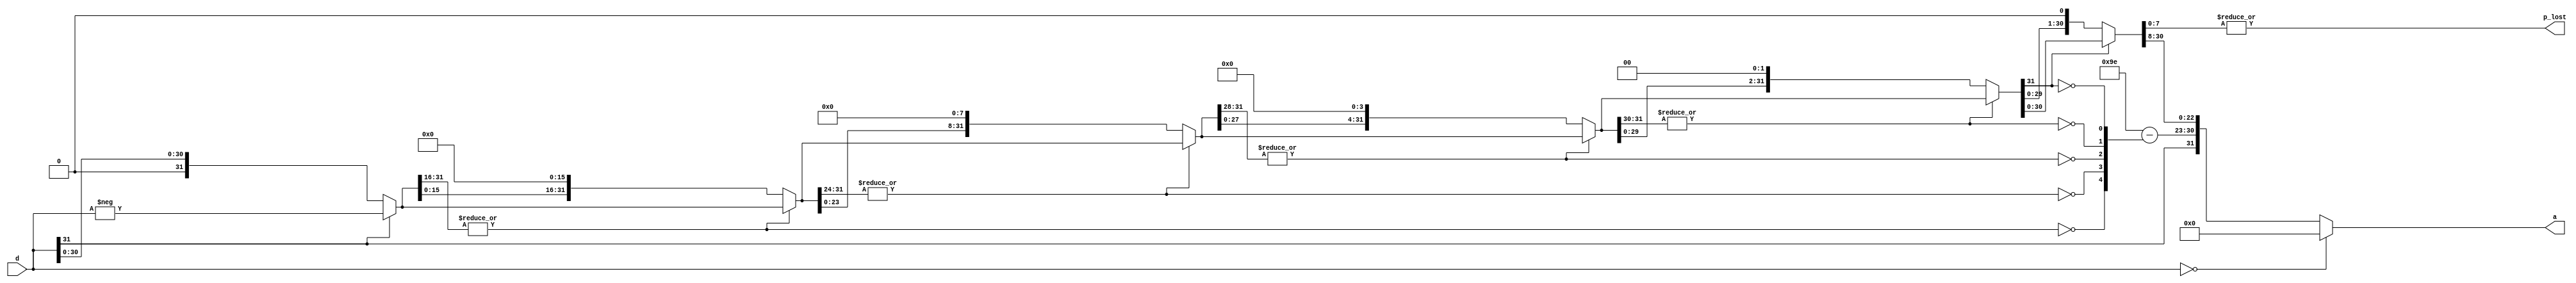
module i2f (d, a, p_lost);	// convert integer to float
	input [31:0] d;		// integer
	output [31:0] a;	// float
	output p_lost;		// precision lost
	wire sign = d[31];	// sign bit
	wire [31:0] f5 = sign? -d : d;	// absolute
	wire [31:0] f4, f3, f2, f1, f0;
	wire sa4, sa3, sa2, sa2, sa1, sa0;		// shift amount 记录左移多少位
	// 按照16、8、4、2、1字节把左边的0全部移完
	assign sa4 = ~|f5[31:16];	// ~| 按位|后~
	assign f4 = sa4? {f5[15:0], 16'b0} : f5;
	assign sa3 = ~|f4[31:24];
	assign f3 = sa3? {f4[23:0], 8'b0} : f4;
	assign sa2 = ~|f3[31:28];
	assign f2 = sa2? {f3[27:0], 4'b0} : f3;
	assign sa1 = ~|f2[31:30];
	assign f1 = sa1? {f2[29:0], 2'b0} : f2;
	assign sa0 = ~f1[31];
	assign f0 = sa0? {f1[30:0], 1'b0} : f1;
	assign p_lost = |f0[7:0];	// 最后8位不全为0说明有精度损失
	wire [22:0] fraction = f0[30:8];
	wire [7:0] exponent = 8'h9e - {3'h0, sa4, sa3, sa2, sa1, sa0};	// 0x9e = 158 = 127 + 31
	assign a = (d == 0)? 0 : {sign, exponent, fraction};	// 上述过程判断不出0，所以这里要加一道判断
endmodule